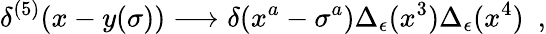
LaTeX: \delta^{(5)}(x-y(\sigma))\longrightarrow\delta(x^{a}-\sigma^{a})\Delta_{\epsilon}(x^{3})\Delta_{\epsilon}(x^{4})\ \ ,